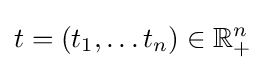
t=(t_{1},\dots t_{n})\in \mathbb {R} _{+}^{n}